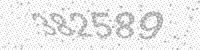
Solution: 382589